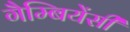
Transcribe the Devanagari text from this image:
गैम्बियेंसी